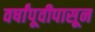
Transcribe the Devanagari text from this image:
वर्षांपूवीपासून